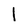
Character: I